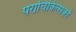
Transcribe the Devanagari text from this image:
पराचिकित्सकों